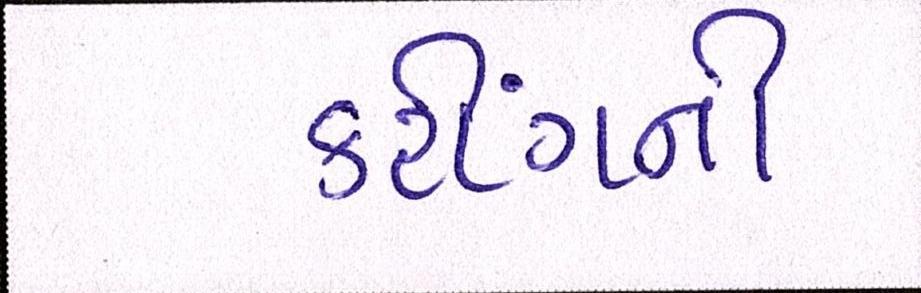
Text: કટીંગની